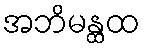
အဘိမန္ထထ